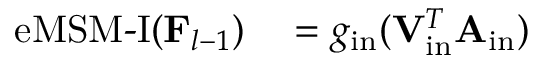
\begin{array} { r l } { \operatorname { e M S M - I } ( \mathbf { F } _ { l - 1 } ) } & { { } = g _ { \mathrm { i n } } ( \mathbf { V } _ { \mathrm { i n } } ^ { T } \mathbf { A } _ { \mathrm { i n } } ) } \end{array}